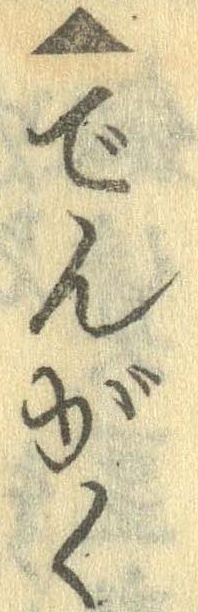
▲でんがく